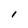
Character: I